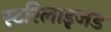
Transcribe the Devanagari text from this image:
स्टरिलाइजड